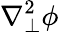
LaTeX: \nabla_{\perp}^{2}\phi